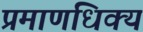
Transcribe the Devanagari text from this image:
प्रमाणधिक्य